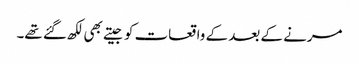
مرنے کے بعد کے واقعات کو جیتے بھی لکھ گئے تھے۔